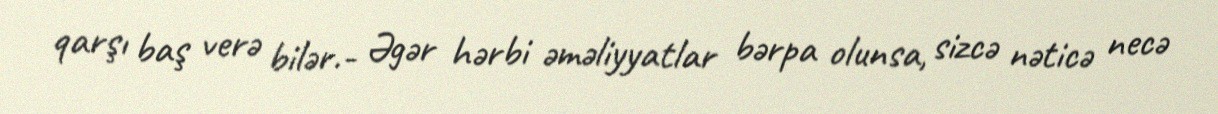
qarşı baş verə bilər.- Əgər hərbi əməliyyatlar bərpa olunsa, sizcə nəticə necə